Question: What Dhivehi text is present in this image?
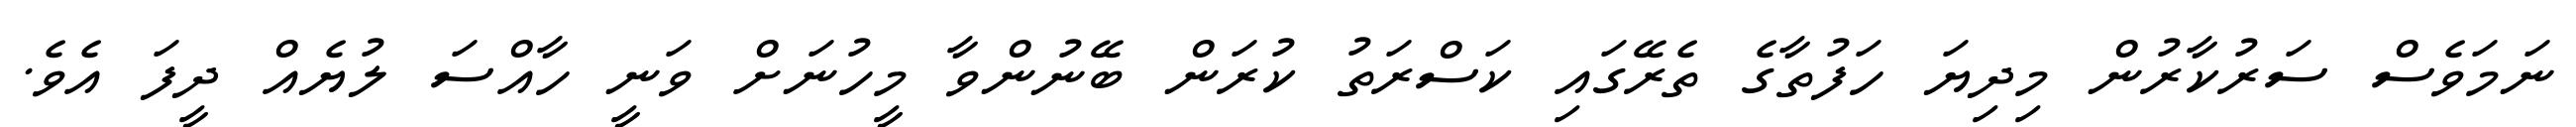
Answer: ނަމަވެސް ސަރުކާރުން މިދިޔަ ހަފުތާގެ ތެރޭގައި ކަސްރަތު ކުރަން ބޭނުންވާ މީހުނަށް ވަނީ ހާއްސަ ލުޔެއް ދީފަ އެވެ.